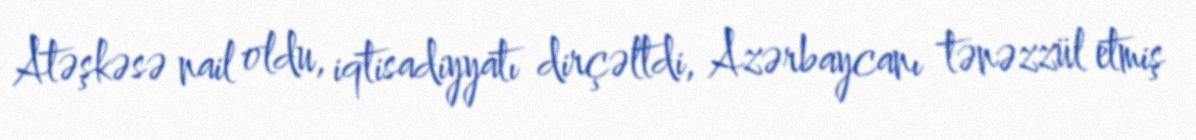
Atəşkəsə nail oldu, iqtisadiyyatı dirçəltdi, Azərbaycanı tənəzzül etmiş